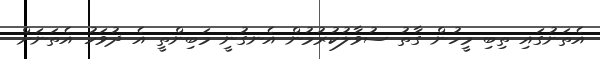
އެތަނުގައި ތިބި މީހުން ގާތު ސުވާލުކުރުމުން އެނގުނީ މަބިންތީ އެ ދުވަހު އެތަނަށް